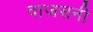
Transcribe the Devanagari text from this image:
वाजसनी